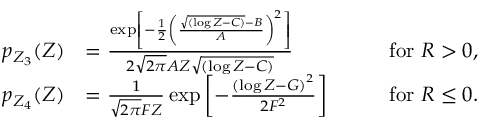
\begin{array} { r l r } { p _ { Z _ { 3 } } ( Z ) } & { = \frac { \exp \left[ - \frac { 1 } { 2 } \left( \frac { \sqrt { ( \log Z - C ) } - B } { A } \right) ^ { 2 } \right] } { 2 \sqrt { 2 \pi } A Z \sqrt { ( \log Z - C ) } } \qquad } & { \mathrm { f o r ~ } R > 0 , } \\ { p _ { Z _ { 4 } } ( Z ) } & { = \frac { 1 } { \sqrt { 2 \pi } F Z } \exp \left[ - \frac { \left( \log Z - G \right) ^ { 2 } } { 2 F ^ { 2 } } \right] \qquad } & { \mathrm { f o r ~ } R \leq 0 . } \end{array}